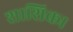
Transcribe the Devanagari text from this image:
शाशिका